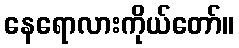
နေရောလားကိုယ်တော်။